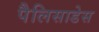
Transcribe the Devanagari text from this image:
पैलिसाडेस